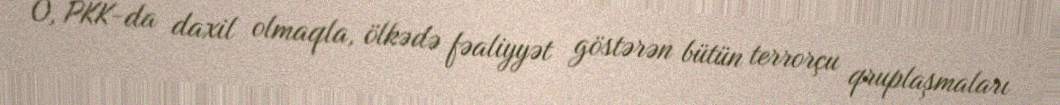
O, PKK-da daxil olmaqla, ölkədə fəaliyyət göstərən bütün terrorçu qruplaşmaları